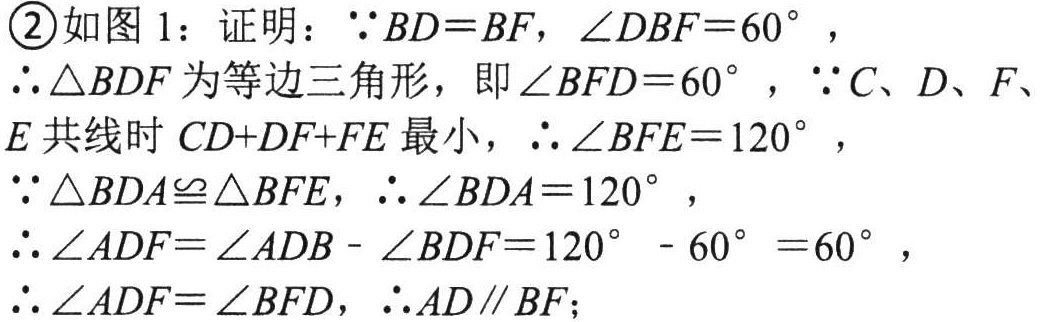
\textcircled{2}如图1：证明：$\because BD = BF$，$\angle DBF = 60^{\circ}$，
$\therefore \triangle BDF$为等边三角形，即$\angle BFD = 60^{\circ}$，$\because C、D、F、E$共线时$CD + DF+FE$最小，$\therefore \angle BFE = 120^{\circ}$，
$\because \triangle BDA\cong\triangle BFE$，$\therefore \angle BDA = 120^{\circ}$，
$\therefore \angle ADF=\angle ADB - \angle BDF = 120^{\circ}- 60^{\circ}=60^{\circ}$，
$\therefore \angle ADF = \angle BFD$，$\therefore AD\parallel BF$；